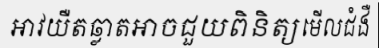
អាវយឺតឆ្លាតអាចជួយពិនិត្យមើលជំងឺ